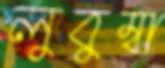
লুবুম্বা